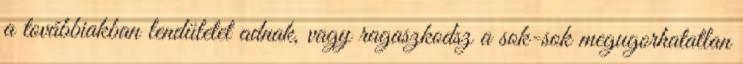
a továbbiakban lendületet adnak, vagy ragaszkodsz a sok-sok megugorhatatlan